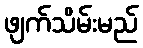
ဖျက်သိမ်းမည်